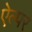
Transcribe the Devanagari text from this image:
ऐल्पर